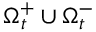
\Omega _ { t } ^ { + } \cup \Omega _ { t } ^ { - }